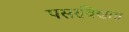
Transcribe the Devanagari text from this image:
पसरविणारा